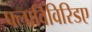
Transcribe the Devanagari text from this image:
फ्लाविविरिडए